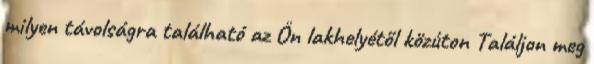
milyen távolságra található az Ön lakhelyétől közúton Találjon meg